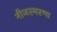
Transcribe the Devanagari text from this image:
नीजस्मरणा